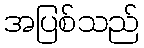
အပြစ်သည်